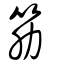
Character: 筋